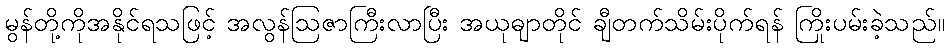
မွန်တို့ကိုအနိုင်ရသဖြင့် အလွန်ဩဇာကြီးလာပြီး အယုဓျာတိုင် ချီတက်သိမ်းပိုက်ရန် ကြိုးပမ်းခဲ့သည်။